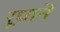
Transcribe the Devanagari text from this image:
रूपानें